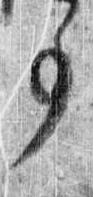
事